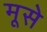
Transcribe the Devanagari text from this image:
मूसे